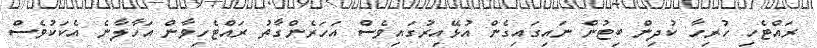
ރައްޓެހި ހުރިހާ ކުދިން ބިޓުން ނައިގައިގެން އުޅޭއިރުގައިވެސް އަހަރެންގާތު ރައްޓެހިވާން އަހާލާނެ އެކަކުވެސް